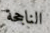
الناجحة